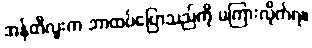
အန်တီလူးက ဘာထပ်ပြောသည်ကို မကြားလိုက်ရ။